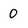
Character: 0